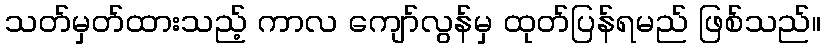
သတ်မှတ်ထားသည့် ကာလ ကျော်လွန်မှ ထုတ်ပြန်ရမည် ဖြစ်သည်။